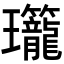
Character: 𬎡